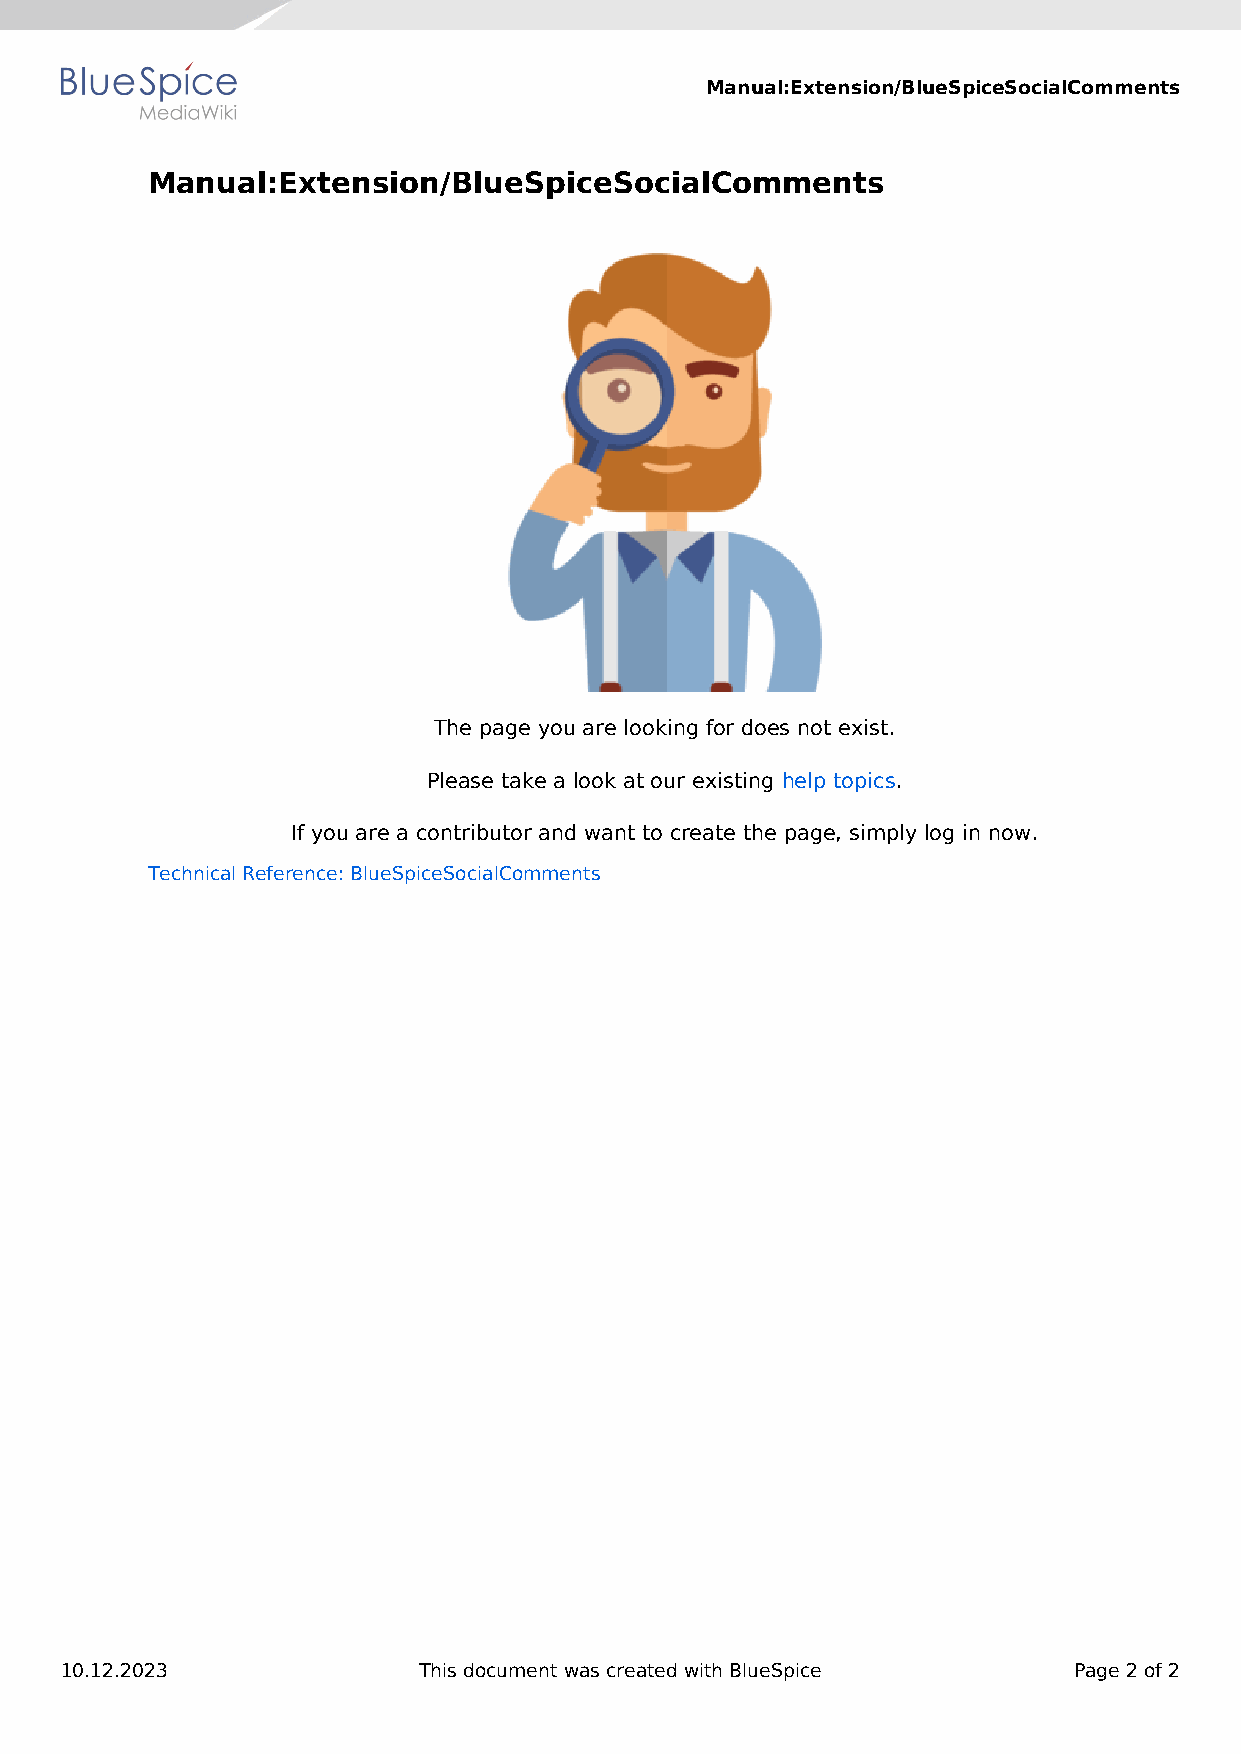
Manual:Extension/BlueSpiceSocialComments
 Manual:Extension/BlueSpiceSocialComments
 The page you are looking for does not exist.
 Please take a look at our existing help topics.
 If you are a contributor and want to create the page, simply log in now.
 Technical Reference: BlueSpiceSocialComments
 10.12.2023              This document was created with BlueSpice   Page 2 of 2